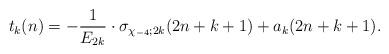
LaTeX: \begin{align*}t_k(n)=-\dfrac{1}{E_{2k}}\cdot\sigma_{\chi_{-4};2k}(2n+k+1)+a_k(2n+k+1).\end{align*}